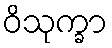
ဝိသုက္ခာ